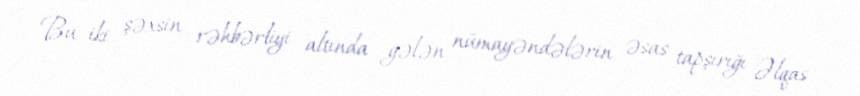
Bu iki şəxsin rəhbərliyi altında gələn nümayəndələrin əsas tapşırığı Əlqas